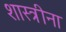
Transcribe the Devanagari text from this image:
शास्त्रीना